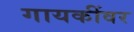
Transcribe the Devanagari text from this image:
गायकींवर